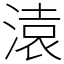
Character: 溒